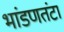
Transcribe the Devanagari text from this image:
भांडणतंटा